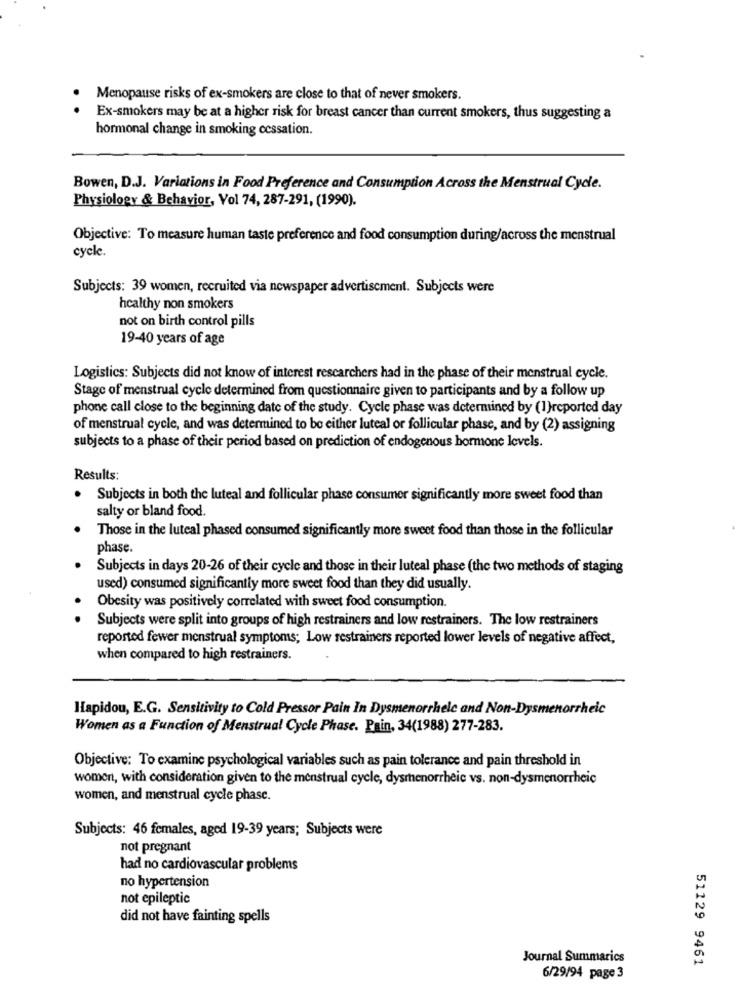
Menopause risks of ex-smokers are close to that of never smokers.
.
Ex-smokers may be at a higher risk for breast cancer than current smokers, thus suggesting a
hormonal change in smoking cessation.
Bowen, D.J. Variations in Food Preference and Consumption Across the Menstrual Cycle.
Physiology & Behavior, Vol 74, 287-291, (1990).
Objective: To measure human taste preference and food consumption during/across the menstrual
cycle.
Subjects: 39 women, recruited via newspaper advertisement. Subjects were
healthy non smokers
not on birth control pills
19-40 years of age
Logistics: Subjects did not know of interest rescarchers had in the phase of their menstrual cycle.
Stage of menstrual cycle determined from questionnaire given to participants and by a follow up
phone call close to the beginning date of the study. Cycle phase was determined by (1)reported day
of menstrual cycle, and was determined to be either luteal or follicular phase, and by (2) assigning
subjects to a phase of their period based on prediction of endogenous hormone levels.
Results:
.
Subjects in both the luteal and follicular phase consumer significantly more sweet food than
salty or bland food.
Those in the luteal phased consumed significantly more sweet food than those in the follicular
phase.
Subjects in days 20-26 of their cycle and those in their luteal phase (the two methods of staging
used) consumed significantly more sweet food than they did usually.
Obesity was positively correlated with sweet food consumption.
Subjects were split into groups of high restrainers and low restrainers. The low restrainers
reported fewer menstrual symptoms; Low restrainers reported lower levels of negative affect,
when compared to high restrainers.
Hapidou, E.G. Sensitivity to Cold Pressor Pain In Dysmenorrhele and Non-Dysmenorrheic
Women as a Function of Menstrual Cycle Phase. Pain, 34(1988) 277-283.
Objective: To examine psychological variables such as pain tolerance and pain threshold in
women, with consideration given to the menstrual cycle, dysmenorrheie vs. non-dysmenorrheic
women, and menstrual cycle phase.
Subjects: 46 females, aged 19-39 years; Subjects were
not pregnant
had no cardiovascular problems
no hypertension
not epileptic
did not have fainting spells
Journal Summarics
51129 9461
6/29/94 page 3